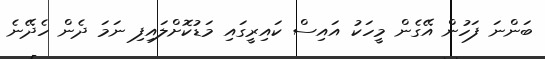
ބަންނަ ފަހުން އޭގެން މީހަކު އައިސް ކައިރީގައި މަޑުކޮށްލައިފި ނަމަ ދެން ހެދޭނެ